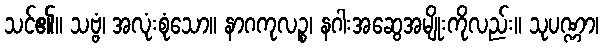
သင်၏။ သဗ္ဗံ၊ အလုံးစုံသော။ နာဂကုလဉ္စ၊ နဂါးအဆွေအမျိုးကိုလည်း။ သုပဏ္ဏာ၊